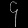
Digit: ၄